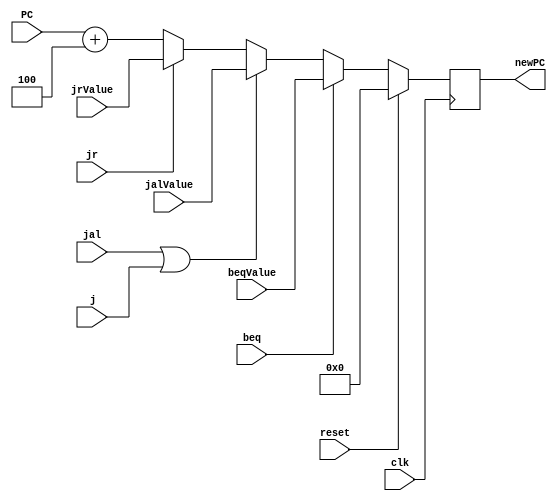
module programCounter(input [31:0] PC, beqValue, jalValue, jrValue, input reset, clk, beq, jal, jr, j, output reg [31:0] newPC);
	initial begin
		newPC <= 0;
	end

	always @ (posedge clk) begin
		if(reset)
			newPC <= 0;
		else if(beq)
			newPC <= beqValue;
		else if(jal || j)
			newPC <= jalValue;
		else if(jr)
			newPC <= jrValue;
		else 
			newPC <= PC + 4;
	end
endmodule